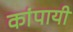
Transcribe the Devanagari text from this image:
कांपायी